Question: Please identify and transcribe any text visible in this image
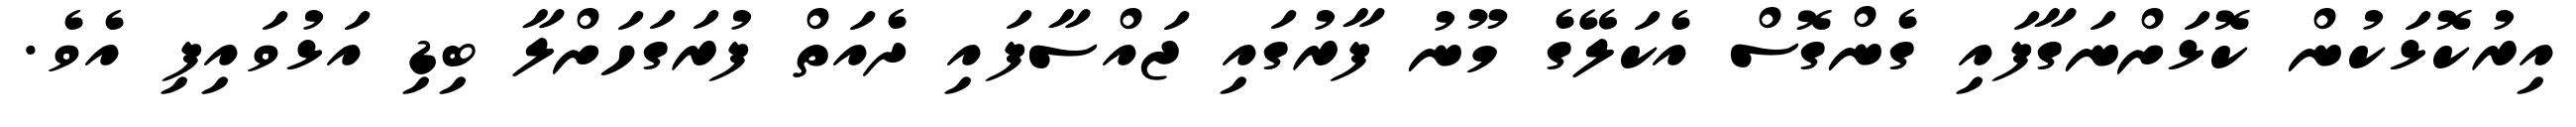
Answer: އިރުކޮޅަކުން ކޮޅަށްނަގާފައި ގެންގޮސް އެކަލޭގެ މޫނު ފާރުގައި ޖައްސާފައި ދެއަތް ފުރަގަހަށްލާ ބިޑި އަޅުވައިފި އެވެ.